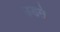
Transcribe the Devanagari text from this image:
उडऩे